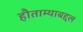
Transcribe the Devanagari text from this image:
हौताम्याबद्दल